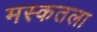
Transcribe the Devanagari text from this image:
मस्कतला